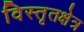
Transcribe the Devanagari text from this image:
विस्तृतक्षेत्र